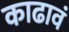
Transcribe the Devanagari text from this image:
काढावं